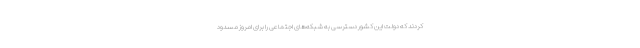
کردند که دولت این کشور دسترسی به شبکه‌های اجتماعی را برای امروز مسدود